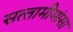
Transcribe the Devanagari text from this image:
सत्‍तामीमांसा